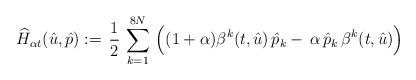
LaTeX: \begin{align*} \widehat{H}_{\alpha t}(\hat{u},\hat{p}):=\,\frac{1}{2}\,\sum^{8N}_{k=1}\,\Big((1+\alpha){\beta}^{k}(t, \hat{u})\,\hat{p}_{k}-\,\alpha\,\hat{p}_{k}\,{\beta}^{k}(t, \hat{u})\Big) \end{align*}